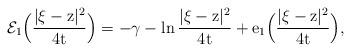
LaTeX: \begin{align*}\mathcal{E}_1\Big(\frac{|\xi-\mathrm{z}|^2}{4\mathrm{t}}\Big) = -\gamma - \ln \frac{|\xi-\mathrm{z}|^2}{4\mathrm{t}} + \mathrm{e}_{1}\Big(\frac{|\xi-\mathrm{z}|^2}{4\mathrm{t}}\Big),\end{align*}